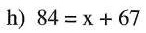
h) $$8 4 = x + 6 7$$